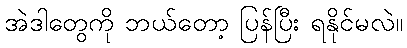
အဲဒါတွေကို ဘယ်တော့ ပြန်ပြီး ရနိုင်မလဲ။